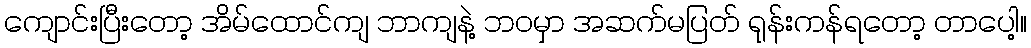
ကျောင်းပြီးတော့ အိမ်ထောင်ကျ ဘာကျနဲ့ ဘဝမှာ အဆက်မပြတ် ရုန်းကန်ရတော့ တာပေါ့။